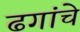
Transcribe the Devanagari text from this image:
ढगांचे